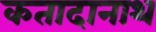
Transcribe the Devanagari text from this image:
कतादानाथ